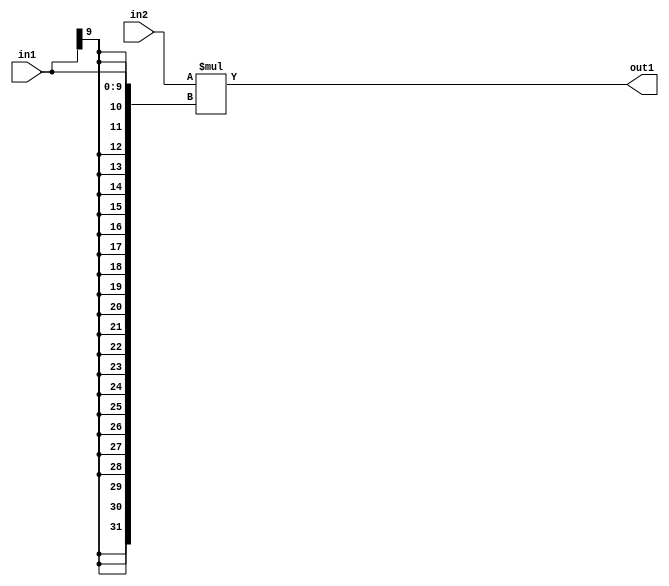
`timescale 1ps / 1ps
/*****************************************************************************
    Verilog RTL Description
    
    
    Created by: Stratus DpOpt 21.05.01 
*******************************************************************************/

module SobelFilter_Mul_32Sx10S_32S_4 (
	in2,
	in1,
	out1
	); /* architecture "behavioural" */ 
input [31:0] in2;
input [9:0] in1;
output [31:0] out1;
wire [31:0] asc001;

assign asc001 = 
	+(in2 * {{22{in1[9]}}, in1});

assign out1 = asc001;
endmodule

/* CADENCE  ubHwQwE= : u9/ySxbfrwZIxEzHVQQV8Q== ** DO NOT EDIT THIS LINE ******/